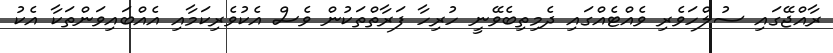
ރާއްޖޭގައި ސުލްހަވެރި ވެއްޓެއްގައި ދެމިތިބެވޭނީ ހުރިހާ ފަރާތްތަކުން ވެސް އެކުވެރިކަމާއި އެއްބައިވަންތަކާ އެކު